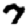
Digit: 7